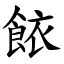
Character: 餏